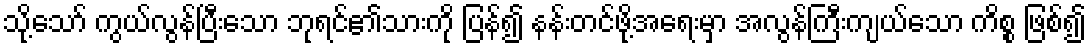
သို့သော် ကွယ်လွန်ပြီးသော ဘုရင်၏သားကို ပြန်၍ နန်းတင်ဖို့အရေးမှာ အလွန်ကြီးကျယ်သော ကိစ္စ ဖြစ်၍